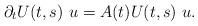
LaTeX: \begin{align*} \begin{array}{ll} \partial_t U(t,s)~u = A(t) U(t,s) ~u. \end{array} \end{align*}